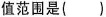
值范围是()